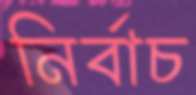
নির্বাচ